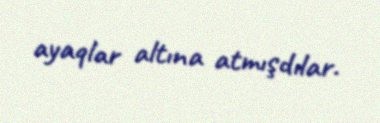
ayaqlar altına atmışdılar.